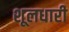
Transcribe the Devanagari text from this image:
शूलधारी